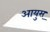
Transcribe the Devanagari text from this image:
आयुस्‌